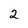
Character: 2